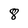
Character: 8